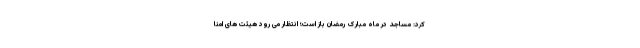
کرد: مساجد در ماه مبارک رمضان باز است؛ انتظار می رود هیئت های امنا